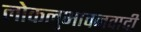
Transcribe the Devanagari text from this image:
लोकलुभावनवादी